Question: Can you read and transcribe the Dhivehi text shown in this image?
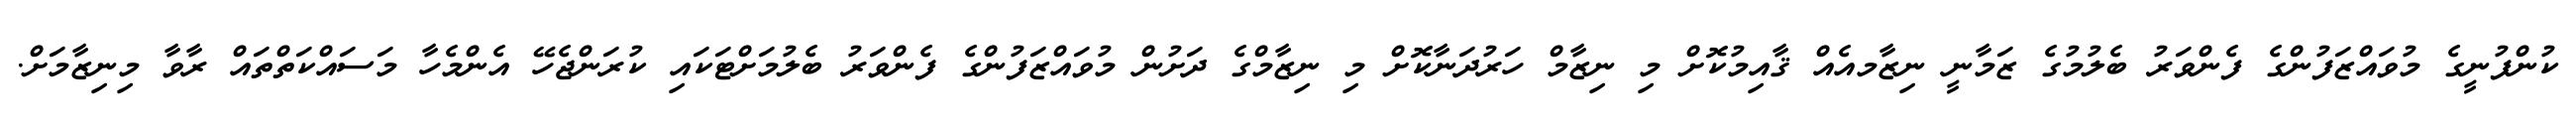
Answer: ކުންފުނީގެ މުވައްޒަފުންގެ ފެންވަރު ބެލުމުގެ ޒަމާނީ ނިޒާމއެއް ޤާއިމުކޮށް މި ނިޒާމް ހަރުދަނާކޮށް މި ނިޒާމްގެ ދަށުން މުވައްޒަފުންގެ ފެންވަރު ބެލުމަށްޓަކައި ކުރަންޖެހޭ އެންމެހާ މަސައްކަތްތައް ރާވާ މިނިޒާމަށް.